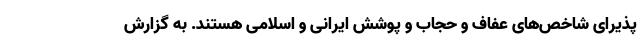
پذیرای شاخص‌های عفاف و حجاب و پوشش ایرانی و اسلامی هستند. به گزارش